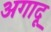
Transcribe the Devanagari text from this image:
अगादू